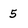
Character: 5